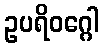
ဥပရိဝဂ္ဂေါ